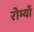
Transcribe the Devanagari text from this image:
रोम्याँ